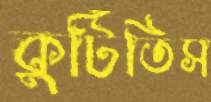
কুটিতিস